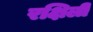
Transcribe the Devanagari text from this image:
रक्षिली